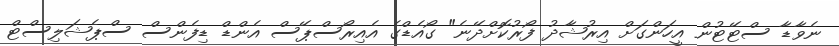
ނެވާޑާ ސްޓޭޓުން އީހަންގަށް އިރުޝާދު ފޯރުކޮށްދޭނެ" ގޯއެޑްގެ އެއިރޯސްޕޭސް އެންޑް ޑިފެންސް ސްޕެޝަލިސްޓް